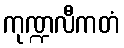
ကုဏ္ဍလီကတံ